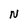
Character: N